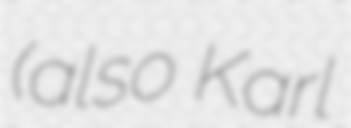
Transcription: (also Karl